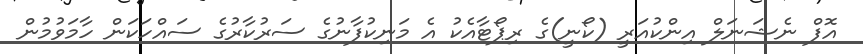
އޮފް ނެޝަނަލް އިންކުއަރީ (ކޯނީ)ގެ ރިޕޯޓާއެކު އެ މަނިކުފާނުގެ ސަރުކާރުގެ ސައްހަކަން ހާމަވުމުން